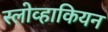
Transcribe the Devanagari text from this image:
स्लोव्हाकियन